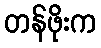
တန်ဖိုးက